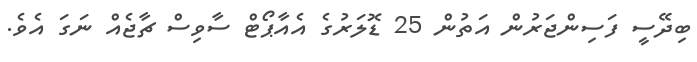
ބިދޭސީ ފަސިންޖަރުން އަތުން 25 ޑޮލަރުގެ އެއާޕޯޓް ސާވިސް ޗާޖެއް ނަގަ އެވެ.